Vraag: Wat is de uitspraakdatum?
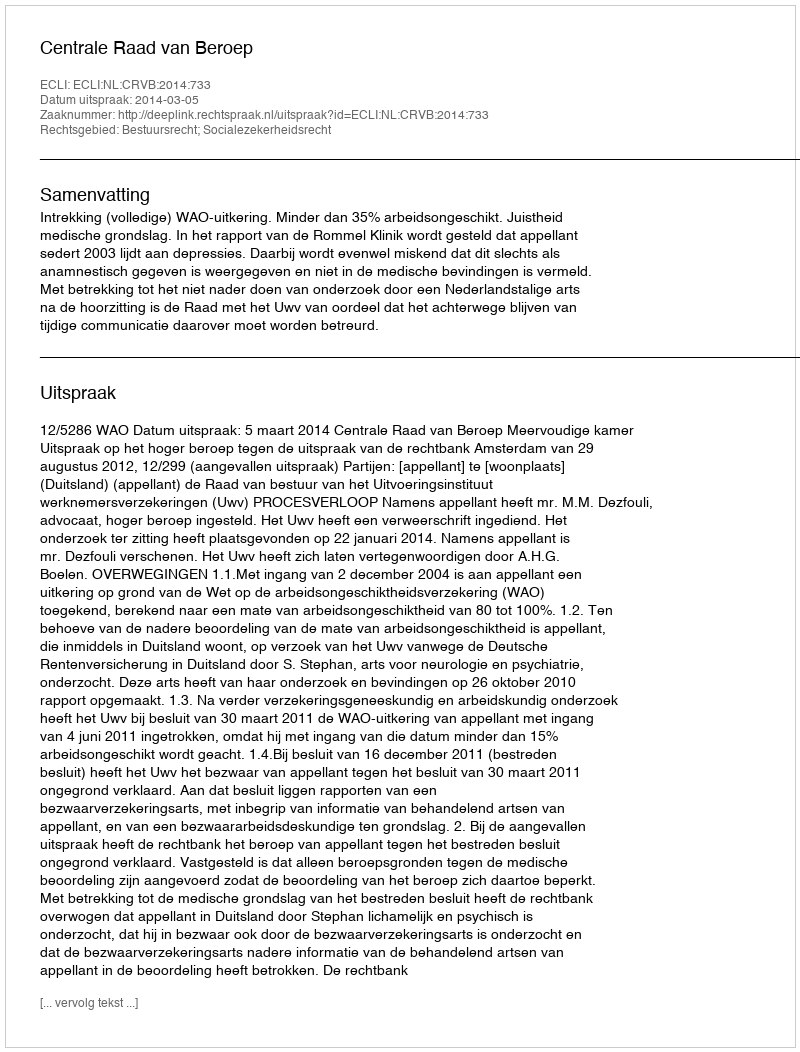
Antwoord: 2014-03-05